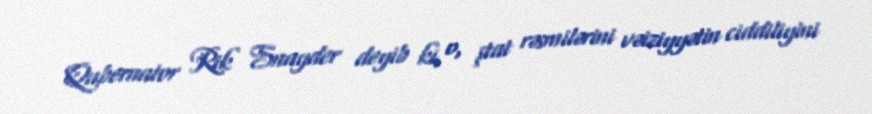
Qubernator Rik Snayder deyib ki, o, ştat rəsmilərini vəiziyyətin ciddiliyini